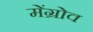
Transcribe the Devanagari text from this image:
मेंग्रोव